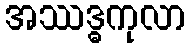
အဿဒ္ဓကုလာ